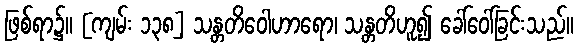
ဖြစ်ရာ၌။ [ကျမ်း ၁၃၈] သန္တတိဝေါဟာရော၊ သန္တတိဟူ၍ ခေါ်ဝေါ်ခြင်းသည်။